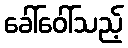
ခေါ်ဝေါ်သည့်